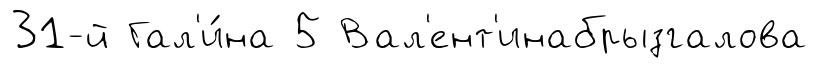
31-й Гал'и́на 5 Вал'ент'инабрызгалова